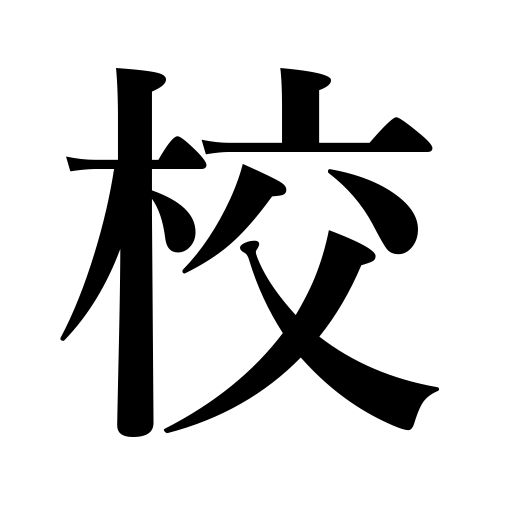
Meanings: school,comparison,investigation,correction,printing proof